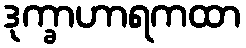
ဒုက္ခာဟာရကထာ